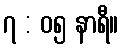
၇ : ၀၅ နာရီ။